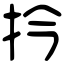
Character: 扲